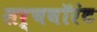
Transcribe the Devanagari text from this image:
सर्चवॉरंट